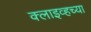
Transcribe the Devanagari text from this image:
क्लाइव्हच्या